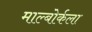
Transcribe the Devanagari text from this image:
माल्बोर्कला